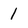
Character: 1